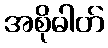
အစိုဓါတ်